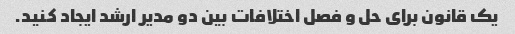
یک قانون برای حل و فصل اختلافات بین دو مدیر ارشد ایجاد کنید.